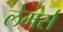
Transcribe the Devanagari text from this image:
लेमर्स